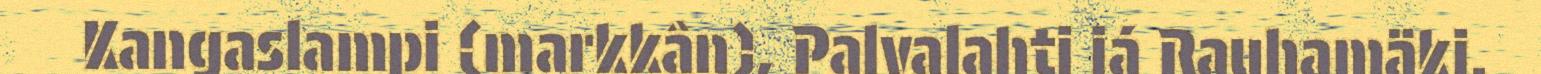
Kangaslampi (markkân), Palvalahti já Rauhamäki.